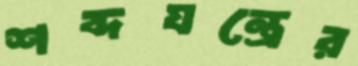
শব্দযন্ত্রের